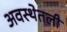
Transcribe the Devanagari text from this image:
अवस्थेतली